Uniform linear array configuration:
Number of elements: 8
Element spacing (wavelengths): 0.5
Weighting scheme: cosine
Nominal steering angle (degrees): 0
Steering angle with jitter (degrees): -0.5165
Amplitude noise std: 0.05
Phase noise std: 0.05

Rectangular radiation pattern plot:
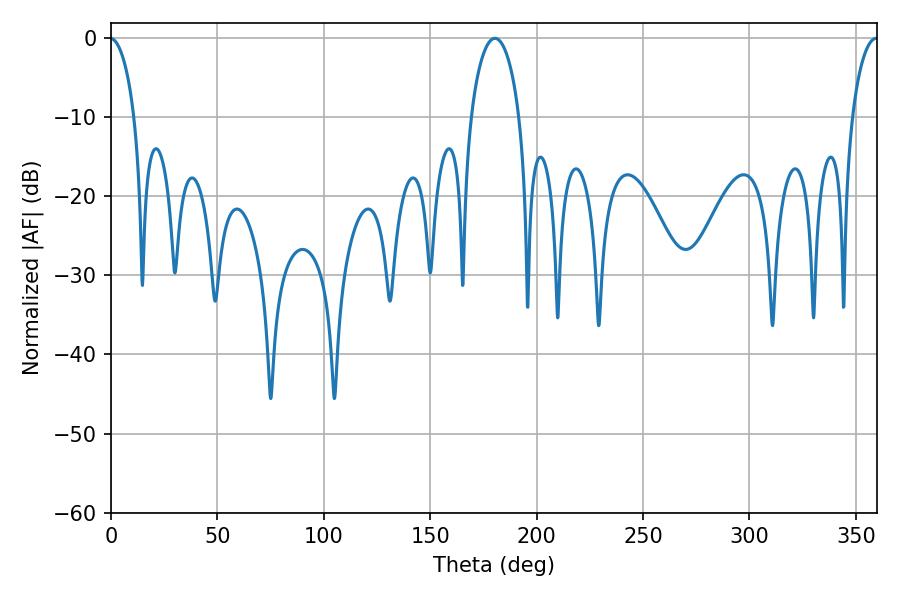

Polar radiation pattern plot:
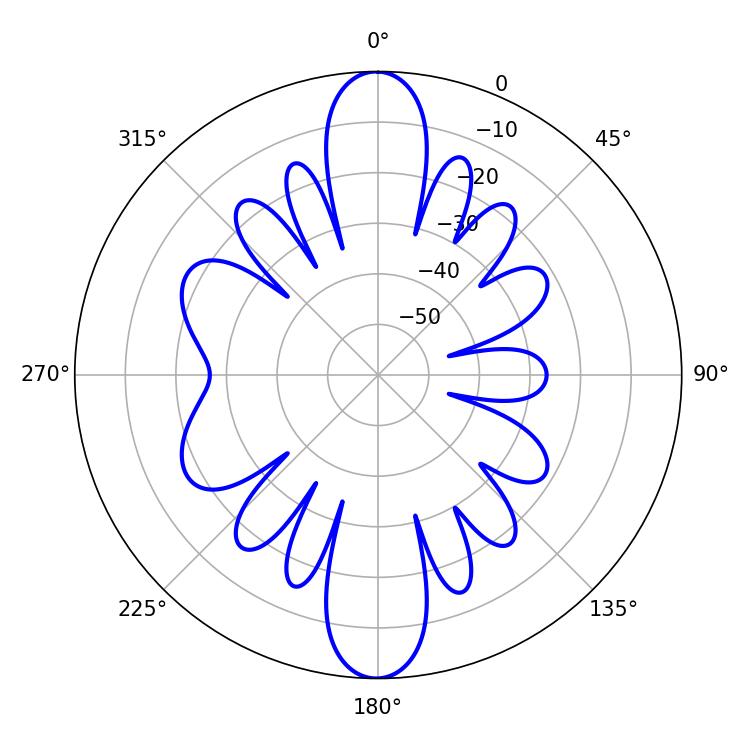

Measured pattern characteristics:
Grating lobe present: FALSE
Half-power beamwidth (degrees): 13.14
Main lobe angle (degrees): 180.36